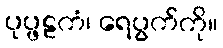
ပုပ္ဖဠကံ၊ ရေပွက်ကို။